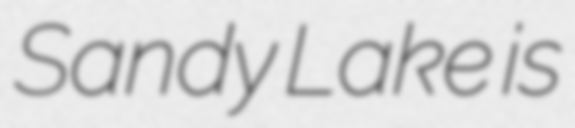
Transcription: Sandy Lake is